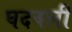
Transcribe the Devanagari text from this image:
घदवली